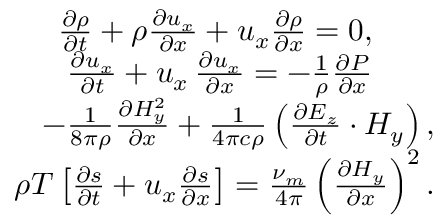
\begin{array} { r } { \frac { \partial \rho } { \partial t } + \rho \frac { \partial { u _ { x } } } { \partial x } + u _ { x } \frac { \partial { \rho } } { \partial x } = 0 , \qquad } \\ { \frac { \partial { u _ { x } } } { \partial t } + u _ { x } \, \frac { \partial { u _ { x } } } { \partial x } = - \frac { 1 } { \rho } \frac { \partial { P } } { \partial x } \qquad } \\ { - \frac { 1 } { 8 \pi \rho } \frac { \partial { H _ { y } ^ { 2 } } } { \partial x } + \frac { 1 } { 4 \pi c \rho } \left( \frac { \partial { E _ { z } } } { \partial t } \cdot H _ { y } \right) , } \\ { \rho T \left[ \frac { \partial { s } } { \partial t } + u _ { x } \frac { \partial { s } } { \partial x } \right] = \frac { \nu _ { m } } { 4 \pi } \left( \frac { \partial { H _ { y } } } { \partial x } \right) ^ { 2 } . } \end{array}